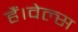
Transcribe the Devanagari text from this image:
हैं।वेल्स